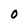
Character: 0